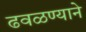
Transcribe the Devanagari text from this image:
ढवळण्याने